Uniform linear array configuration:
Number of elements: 12
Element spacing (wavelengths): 0.25
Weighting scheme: kaiser
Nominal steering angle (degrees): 45
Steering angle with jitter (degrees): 43.198
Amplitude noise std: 0.05
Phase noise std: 0.05

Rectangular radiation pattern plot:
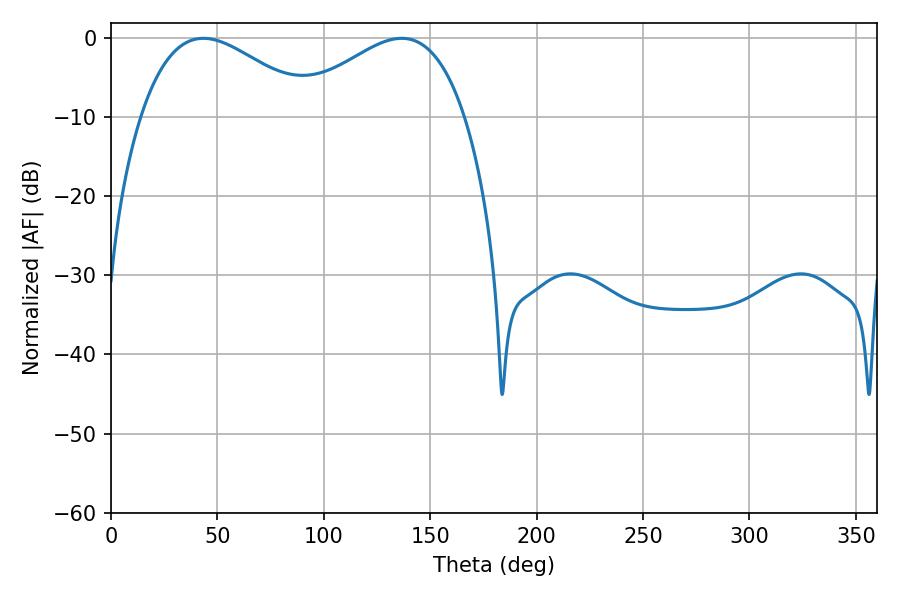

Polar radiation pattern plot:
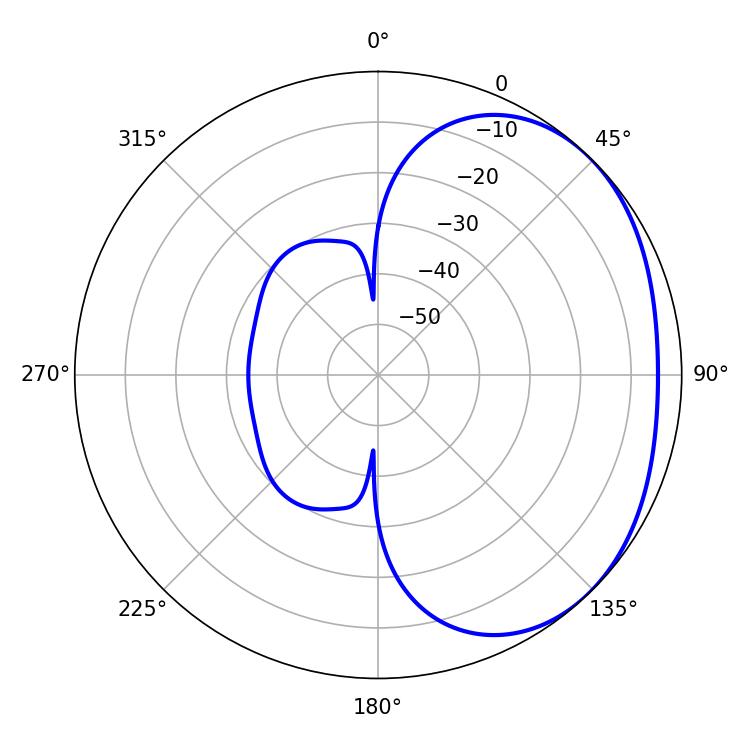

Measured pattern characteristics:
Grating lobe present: FALSE
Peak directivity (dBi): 2.248
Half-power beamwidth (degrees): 44.28
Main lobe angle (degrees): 43.38